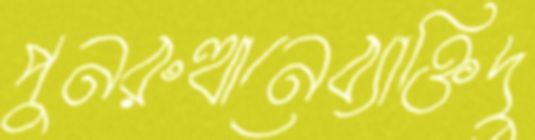
পুনরুত্থানেব্যাক্তিদু